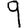
Digit: 9